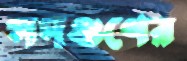
সদগুণের